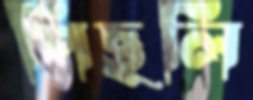
পিছলি